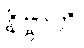
နိဗ္ဗာတိ